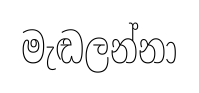
මැඬලන්නා